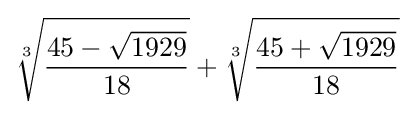
{\sqrt[{3}]{\frac {45-{\sqrt {1929}}}{18}}}+{\sqrt[{3}]{\frac {45+{\sqrt {1929}}}{18}}}